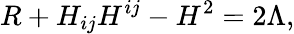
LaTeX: R+H_{ij}H^{ij}-H^{2}=2\Lambda,